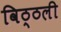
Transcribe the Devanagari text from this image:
विठ्ठली